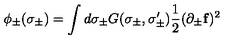
\phi _ { \pm } ( \sigma _ { \pm } ) = \int d \sigma _ { \pm } G ( \sigma _ { \pm } , \sigma _ { \pm } ^ { \prime } ) \frac { 1 } { 2 } ( \partial _ { \pm } { \bf f } ) ^ { 2 }